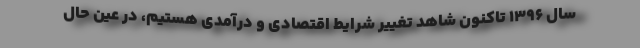
سال ۱۳۹۶ تاکنون شاهد تغییر شرایط اقتصادی و درآمدی هستیم، در عین حال